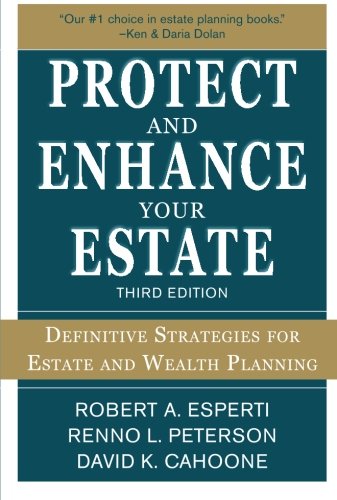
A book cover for Protect and Enhance Your Estate: Definitive Strategies for Estate and Wealth Planning 3/E; Robert Esperti; Law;